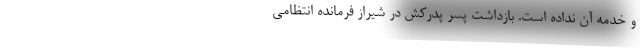
و خدمه آن نداده است. بازداشت پسرِ پدرکُش در شیراز فرمانده انتظامی